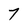
Character: 7